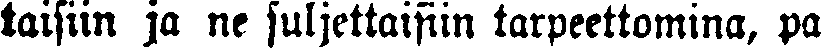
taisiin ja ne suljettaisiin tarpeettomina, pa